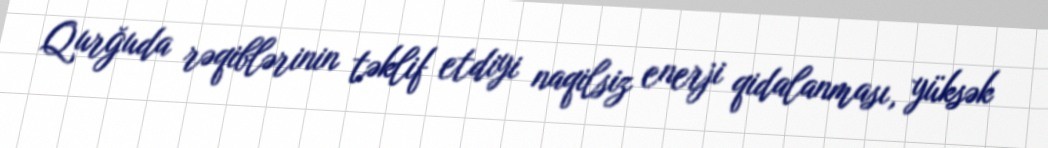
Qurğuda rəqiblərinin təklif etdiyi naqilsiz enerji qidalanması, yüksək